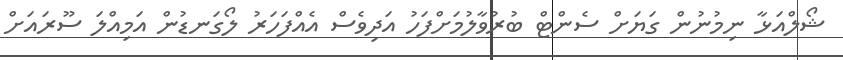
ޝޯލްއަޅާ ނިމުނުން ގަޔަށް ސެންޓް ބުރުވާލުމަށްފަހު އަދިވެސް އެއްފަހަރު ލޯގަނޑުން އަމިއްލަ ސޫރައަށް